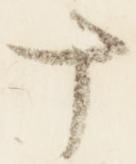
十